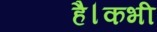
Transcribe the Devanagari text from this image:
है।कभी